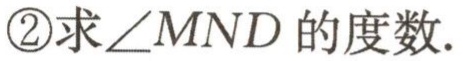
\textcircled{2}求\(\angle MND\)的度数.